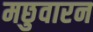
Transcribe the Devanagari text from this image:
मछुवारन